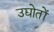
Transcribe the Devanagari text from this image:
उद्योतों